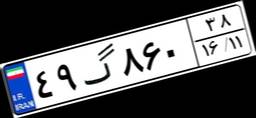
۲۲گ۰۷۰۳۶